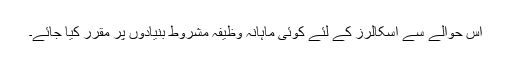
اس حوالے سے اسکالرز کے لئے کوئی ماہانہ وظیفہ مشروط بنیادوں پر مقرر کیا جائے۔